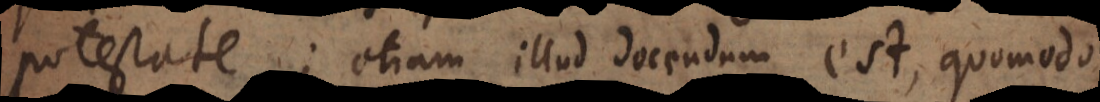
potestate; etiam illud docendum est, quomodo